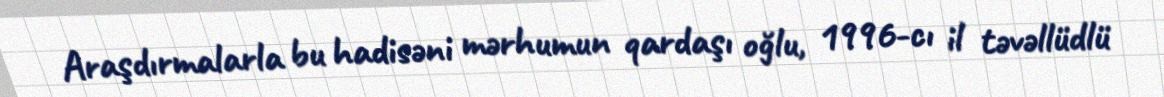
Araşdırmalarla bu hadisəni mərhumun qardaşı oğlu, 1996-cı il təvəllüdlü